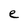
Character: e